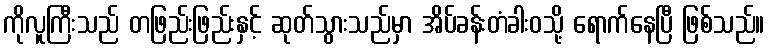
ကိုလူကြီးသည် တဖြည်းဖြည်းနှင့် ဆုတ်သွားသည်မှာ အိပ်ခန်းတံခါးဝသို့ ရောက်နေပြီ ဖြစ်သည်။